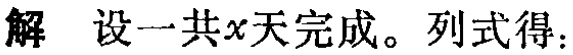
解 设一共\(x\)天完成。列式得：